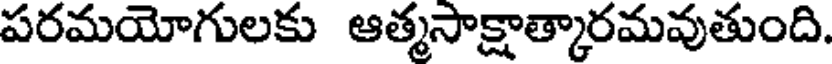
పరమయోగులకు ఆత్మసాక్షాత్కారమవుతుంది.